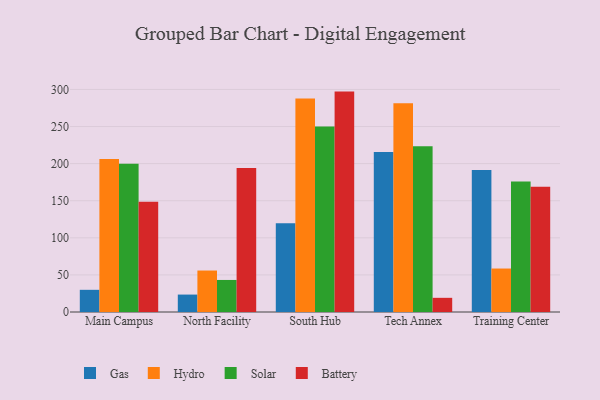
{"axis": {"x": "Campus", "y": "Inventory Turnover"}, "legend": ["Battery", "Gas", "Hydro", "Solar"], "data": [{"x": "Main Campus", "y": 29.9, "type": "Gas"}, {"x": "Main Campus", "y": 206.2, "type": "Hydro"}, {"x": "Main Campus", "y": 199.9, "type": "Solar"}, {"x": "Main Campus", "y": 148.7, "type": "Battery"}, {"x": "North Facility", "y": 23.5, "type": "Gas"}, {"x": "North Facility", "y": 55.9, "type": "Hydro"}, {"x": "North Facility", "y": 43.2, "type": "Solar"}, {"x": "North Facility", "y": 194.0, "type": "Battery"}, {"x": "South Hub", "y": 119.8, "type": "Gas"}, {"x": "South Hub", "y": 287.8, "type": "Hydro"}, {"x": "South Hub", "y": 250.1, "type": "Solar"}, {"x": "South Hub", "y": 297.1, "type": "Battery"}, {"x": "Tech Annex", "y": 215.6, "type": "Gas"}, {"x": "Tech Annex", "y": 281.3, "type": "Hydro"}, {"x": "Tech Annex", "y": 223.5, "type": "Solar"}, {"x": "Tech Annex", "y": 19.1, "type": "Battery"}, {"x": "Training Center", "y": 191.4, "type": "Gas"}, {"x": "Training Center", "y": 58.6, "type": "Hydro"}, {"x": "Training Center", "y": 175.9, "type": "Solar"}, {"x": "Training Center", "y": 168.7, "type": "Battery"}]}